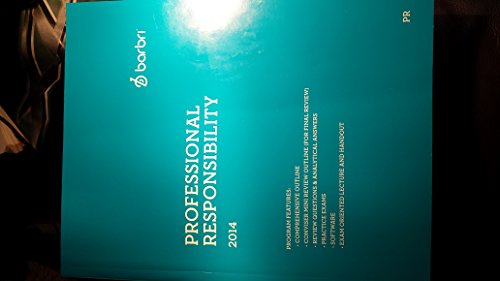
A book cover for Barbri Professional Responsibility 2014 (Paperback); Law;